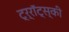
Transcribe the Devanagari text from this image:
ट्र्रॉट्स्की